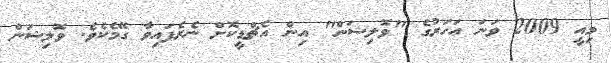
މިއީ 2009 ވަނަ އަހަރުގެ "ވޮލިޝަން" އިން އެޗްޑީކޮށް ނެރެފައިވާ ގޭމެކެވެ. ވޮލިޝަން